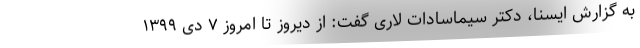
به گزارش ایسنا، دکتر سیماسادات لاری گفت: از دیروز تا امروز ۷ دی ۱۳۹۹